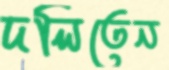
দলিতেন